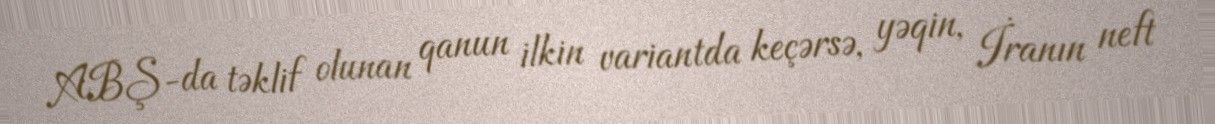
ABŞ-da təklif olunan qanun ilkin variantda keçərsə, yəqin, İranın neft